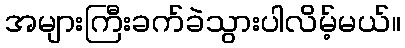
အများကြီးခက်ခဲသွားပါလိမ့်မယ်။